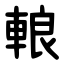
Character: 䡙